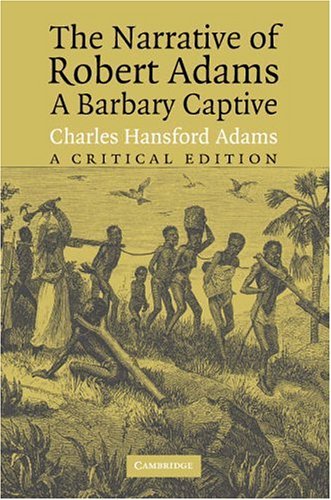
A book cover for The Narrative of Robert Adams, A Barbary Captive: A Critical Edition; Robert Adams; Travel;